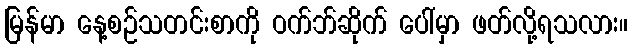
မြန်မာ နေ့စဉ်သတင်းစာကို ဝက်ဘ်ဆိုက် ပေါ်မှာ ဖတ်လို့ရသလား။